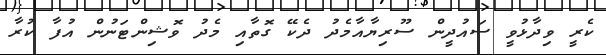
ކެރީ ވިދާޅުވީ ސައުދީން ސޫރިޔާއާމެދު ދެކޭ ގޮތާއި މެދު ވޮޝިންޓަނުން އުފާ ކުރާ